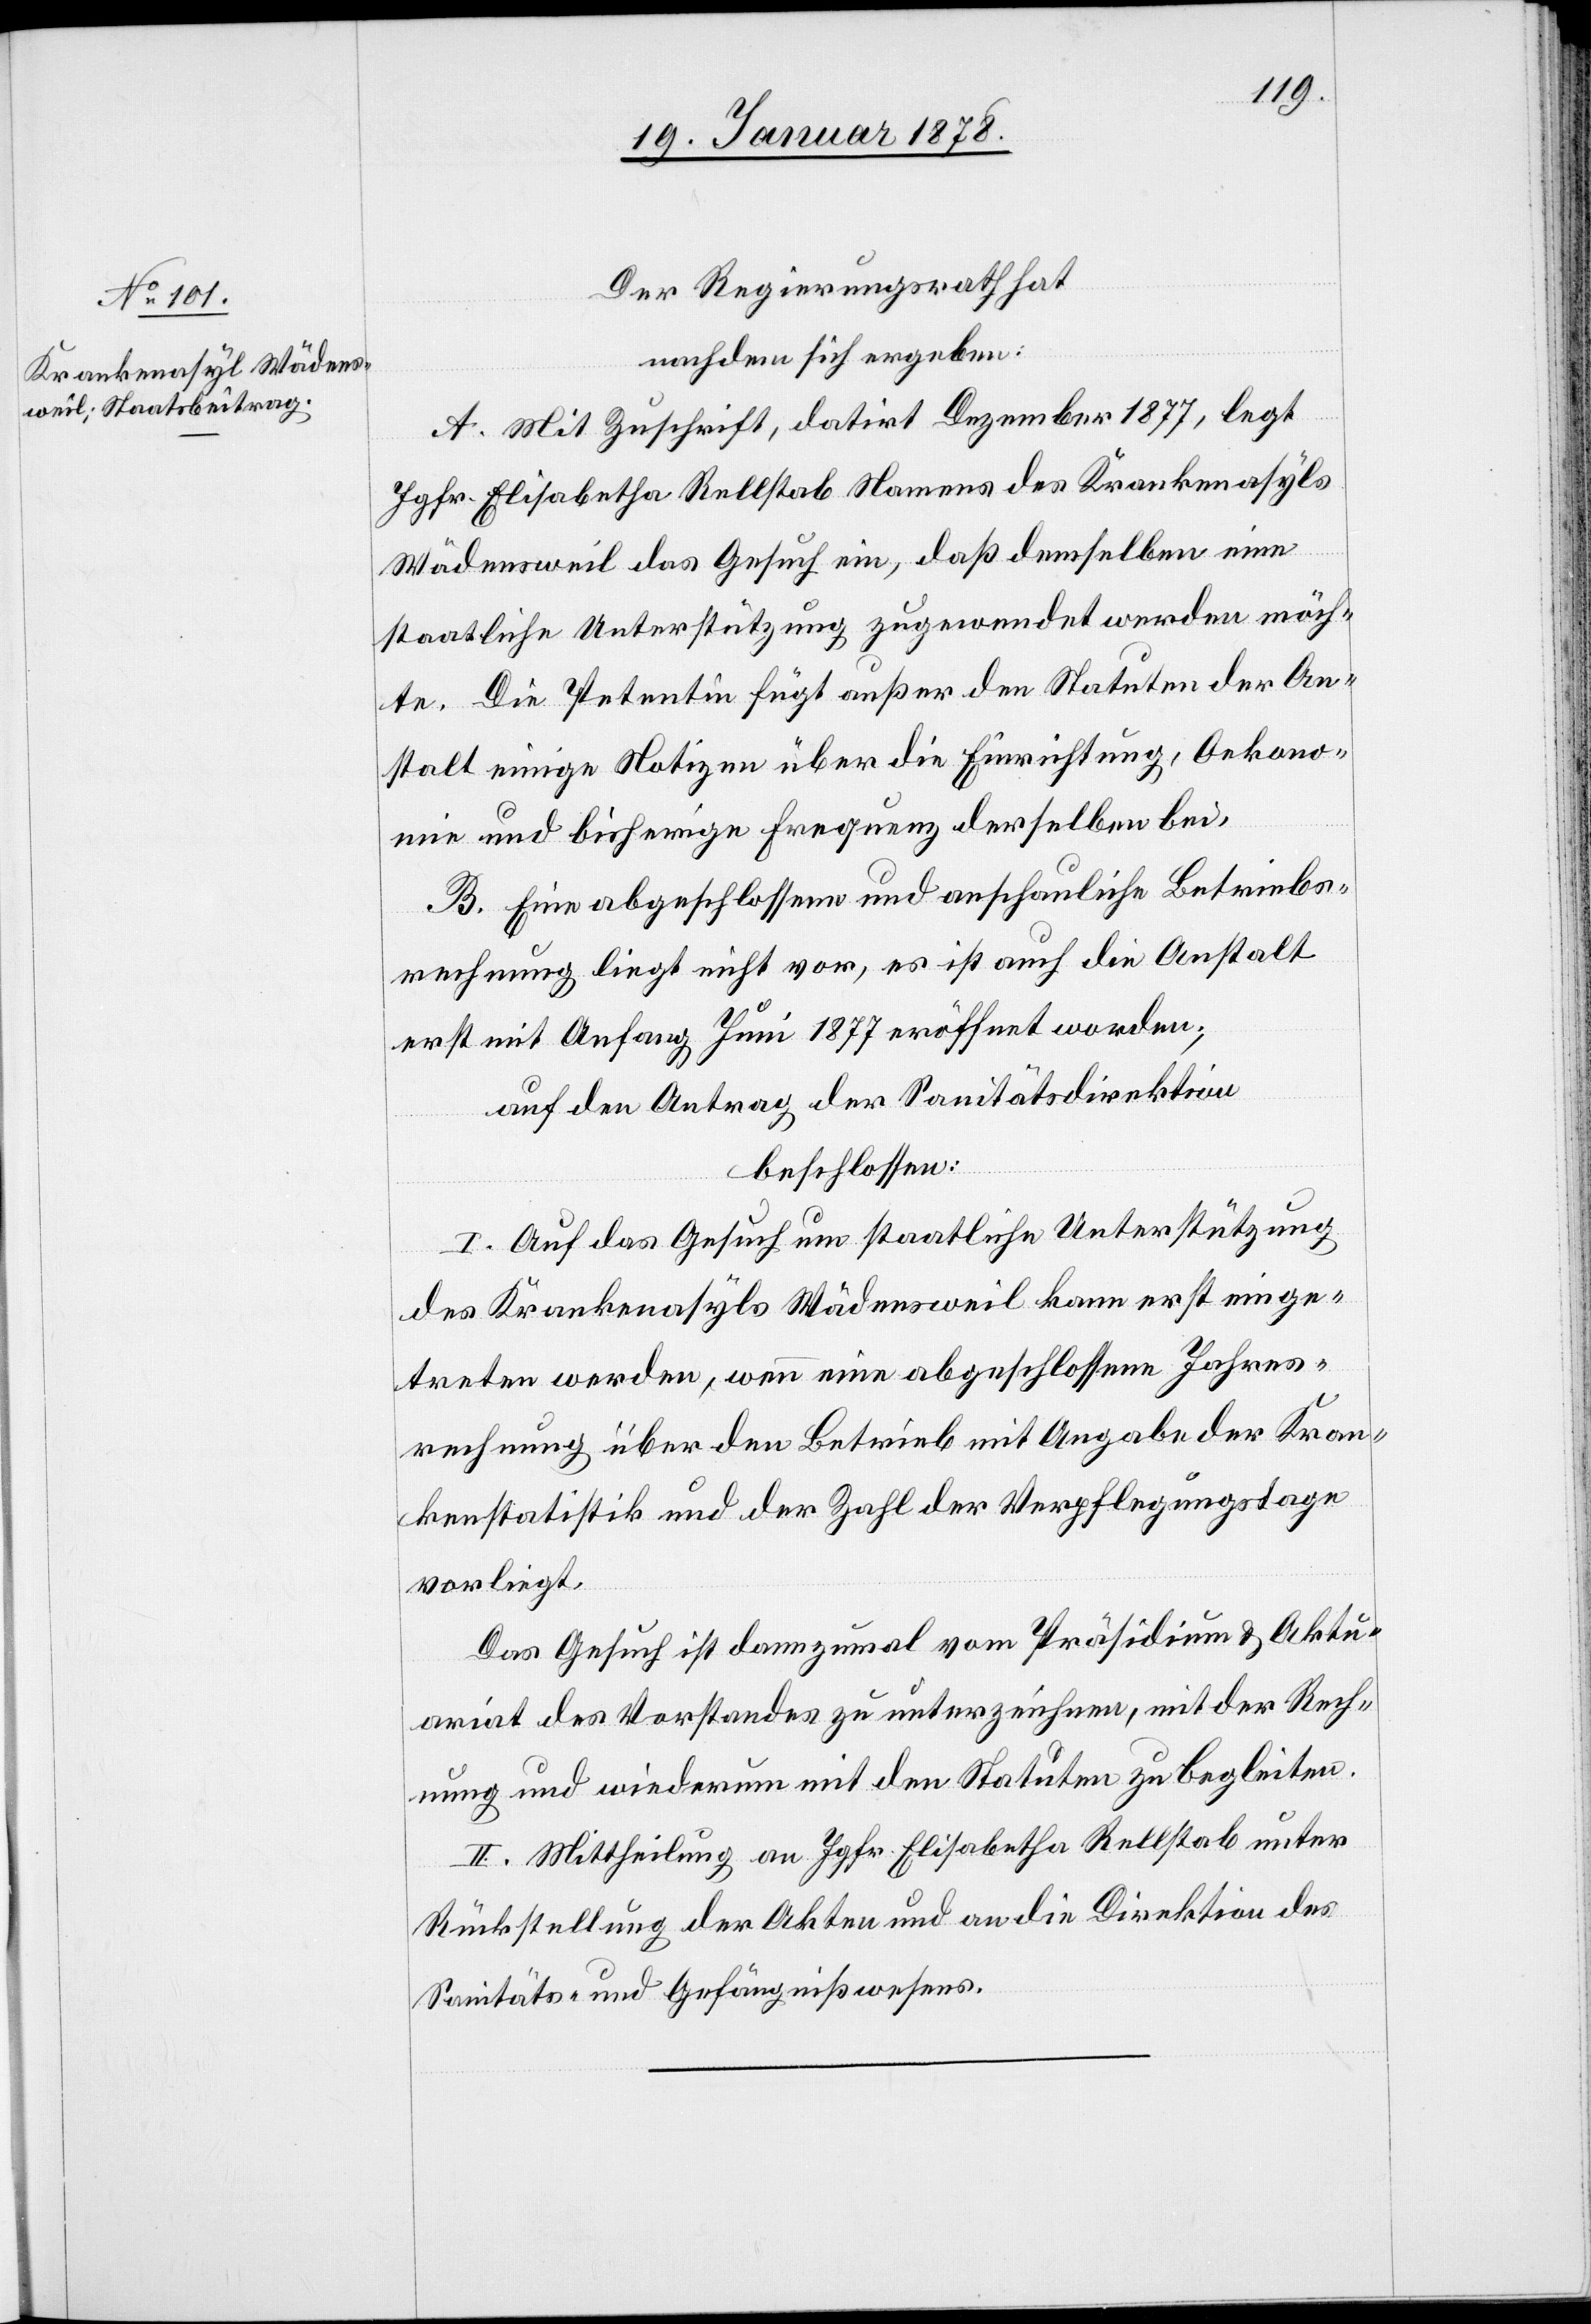
Der Regierungsrath
nachdem sich ergeben:
A. Mit Zuschrift, datirt Dezember 1877, legt
Jgfr. Elisabetha Rellstab Namens des Krankenasyls
Wädensweil das Gesuch ein, daß denselben eine
staatliche Unterstützung zugewendet werden möch¬
te. Die Petentin fügt außer den Statuten der An¬
stalt einige Notizen über die Einrichtung, Oekono¬
mie und bisherige Frequenz derselben bei.
B. Eine abgeschlossene und anschauliche Betriebs¬
rechnung liegt nicht vor, es ist auch die Anstalt
erst mit Anfang Juni 1877 eröffnet worden;
auf den Antrag der Sanitätsdirektion
beschlossen:
I. Auf das Gesuch um staatliche Unterstützung
des Krankenasyls Wädensweil kann erst einge¬
treten werden, wenn eine abgeschlossene Jahres¬
rechnung über den Betrieb mit Angabe der Kran¬
kenstatistik und der Zahl der Verpflegungstage
vorliegt.
Das Gesuch ist dannzumal vom Präsidium & Aktu¬
ariat des Vorstandes zu unterzeichnen, mit der Rech¬
nung und wiederum mit den Statuten zu begleiten.
II. Mittheilung an Jgfr. Elisabetha Rellstab unter
Rückstellung der Akten und an die Direktion des
Sanitäts- & Gefängnißwesens.